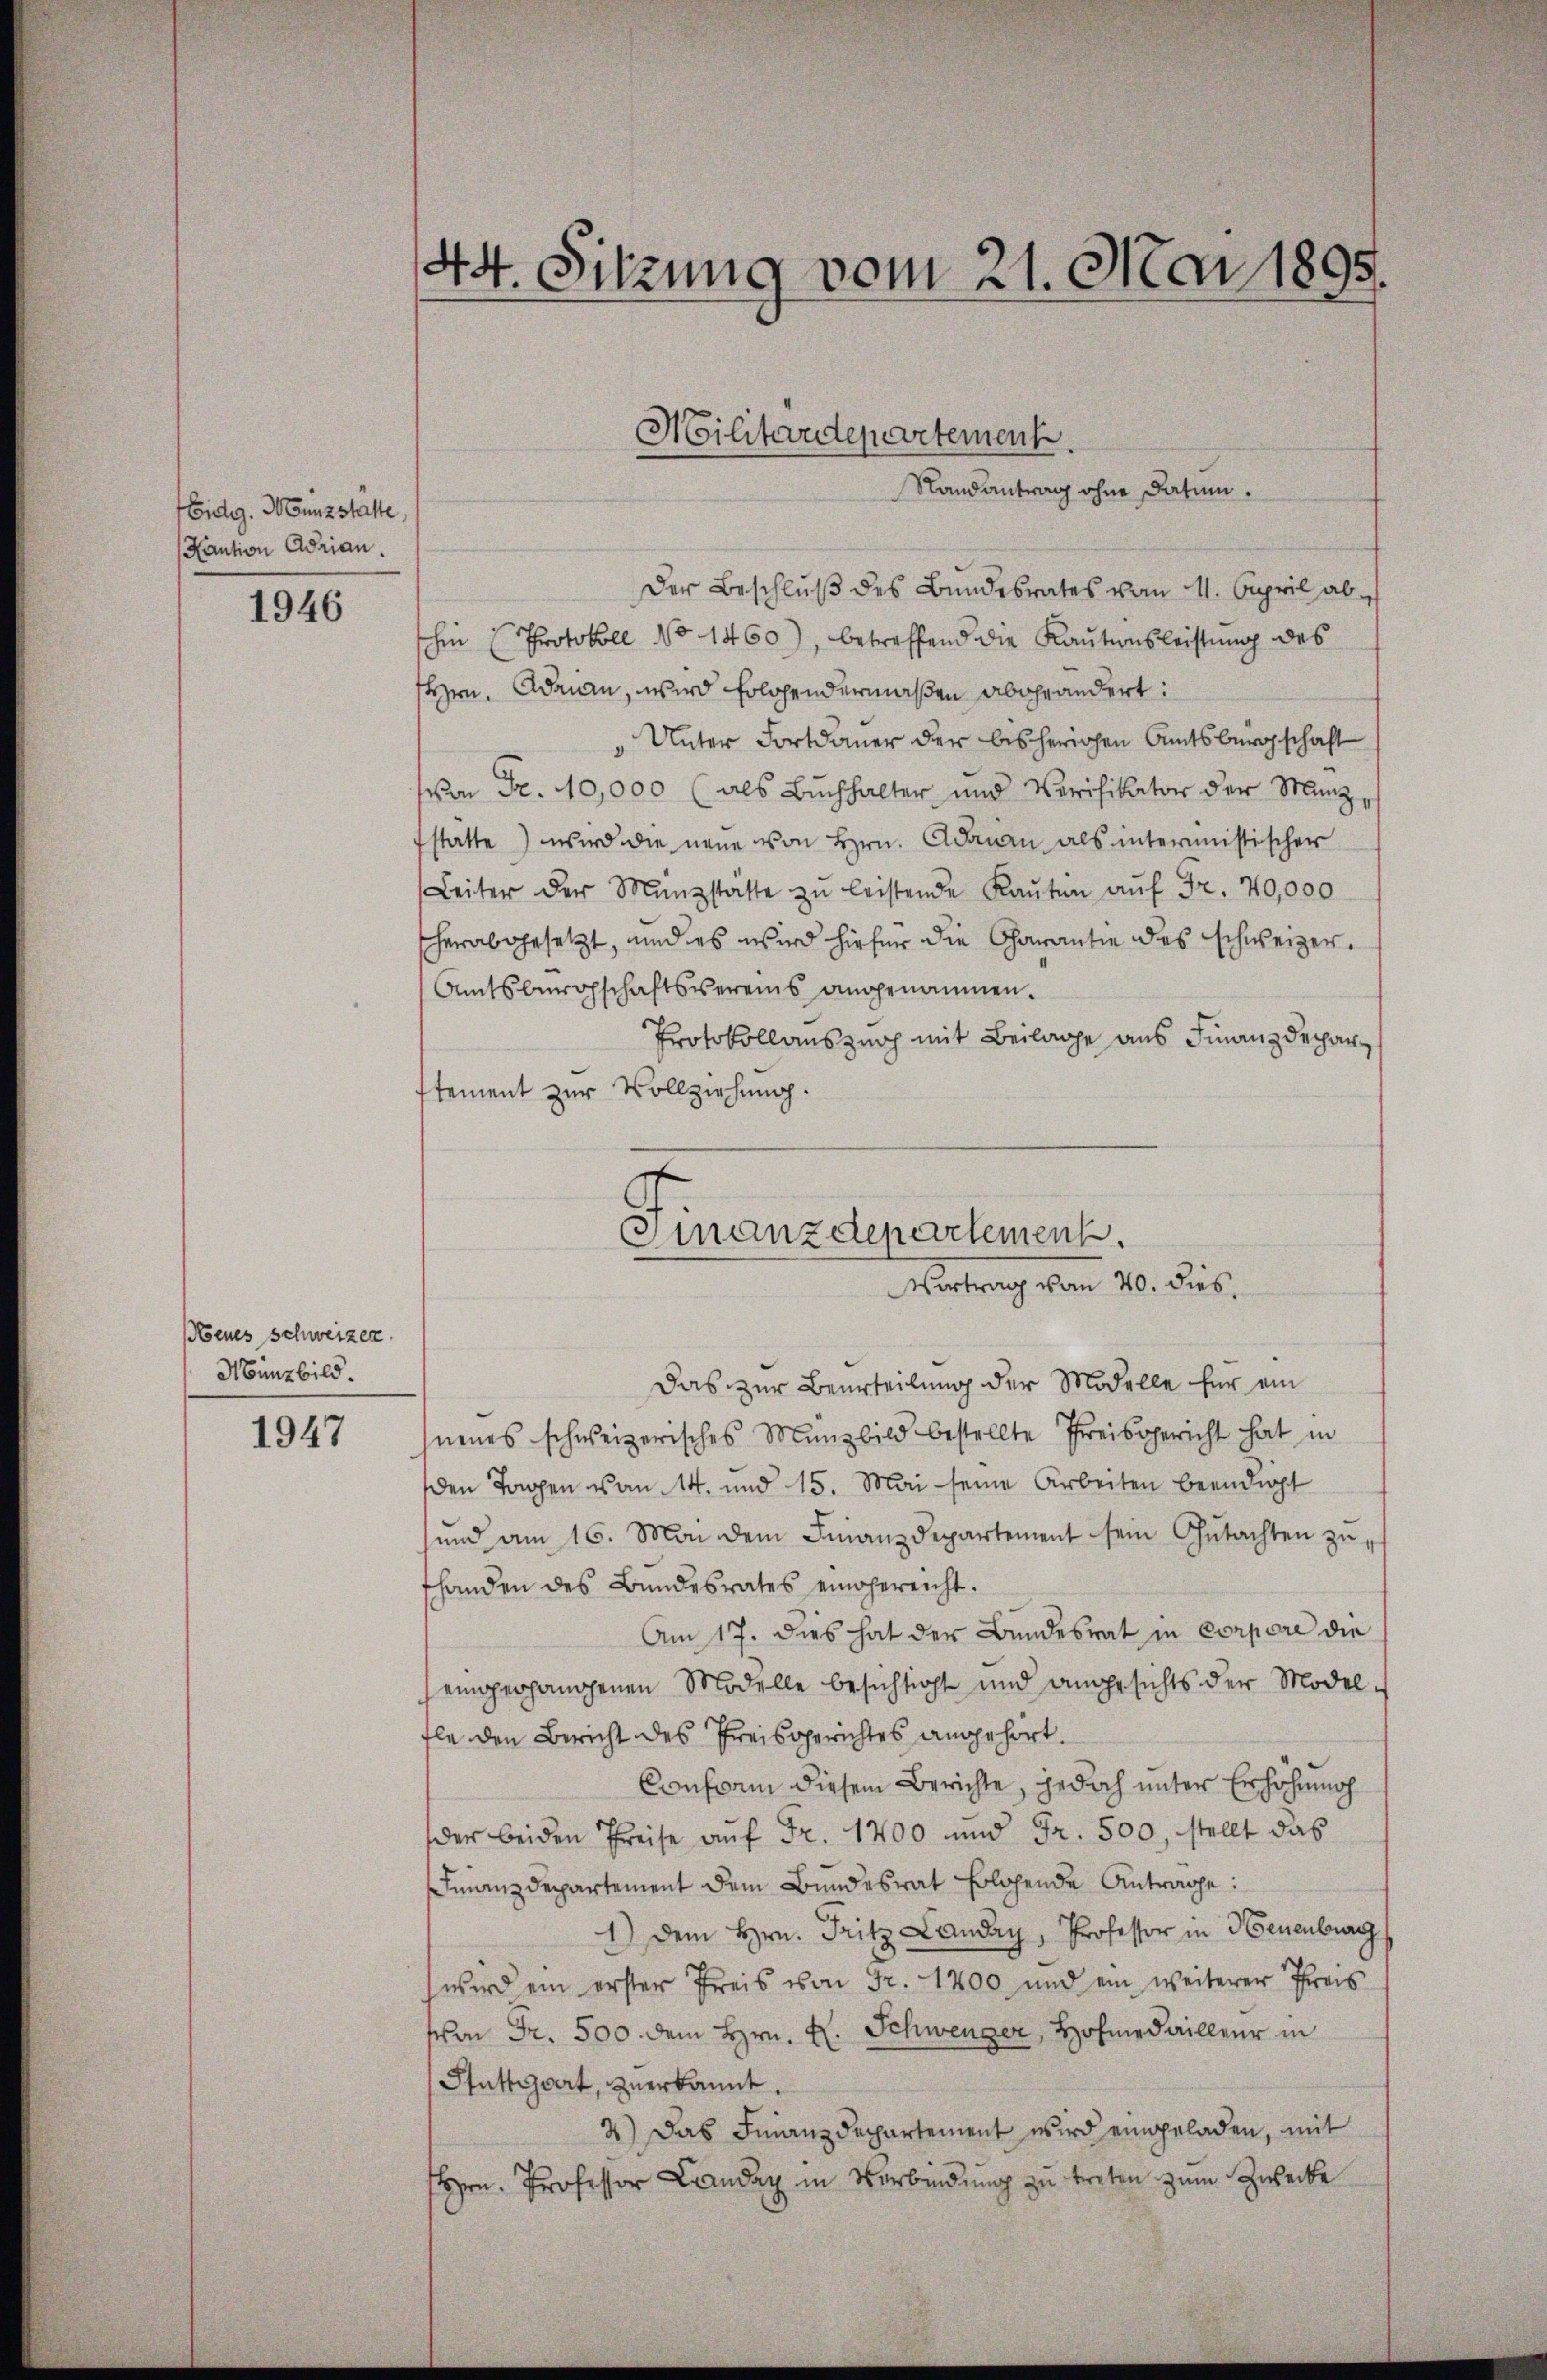
Eidg. Mounzstätte,
Kaution Adrian.

1946

penes Schweizer.
Münzbild.

1947

44. Sitzung vom 21. Mai 1895.

Der Beschluß des Bundesrates vom 11. April abhin (Protokoll No 1460), betreffend die Kautionsleistung des
Hrn. Adrian, wird folgendermaßen abgeändert:
Unter Fortdauer der bisherigen Amtsbürgschaft
von Fr. 40,000 (als Buchhalter und Verifikator der Manz,
stätte wird die neue von Hrn. Adamen als intermistischer
Leiter der Münzstätte zŭ leistende Kaŭten aŭf Fr. 70,000
sherabgesetzt, und es wird hiefür die Charantie des schweizer.
Amtsbürgschaftsvereins angenommen.
Protokollauszeich mit Beilage aus Finanzdeparstement zur Vollziehung.
Das zur Beurteilung der Modelle für ein
neues schweizerisches Münzbild bestellte Preisgericht hat in
den Tagen von 14. und 15. Mai seine Arbeiten beendicht
und am 16. Mai dem Finanzdepartement sein Gŭtachten zŭ,
fhanden des Bundesrates eingereicht.
Am 17. dies hat der Bundesrat in Corpore die
eingerhangenen Modelle besichtigt und angesichts der Modelfle den Bericht des Preisgerichtes angehört
Conform diesem Berichte, jedoch unter Erhöhung
der beiden Preise aŭf Fr. 1700 und Fr. 500, stellt das
Finanzdepartement dem Bundesrat Erlösende Antrage:
1.) Dem Hrn. Fritz Landay, Professor in Neuenburg
wird ein erster Preis von Fr. 1200 und ein weiterer Preis
von Fr. 500. dem Hrn. R. Schwenger, Hofmedailleur in
Stuttgart, zuerkannt.
2) Das Finanzdepartement wird eingeladen, mit
Hrn. Professor Landaz in Verbindung zu treten zum Zwecke

Militärdepartement
Randantrag ohne Datum.

Finanzdepartement.
Vertrag vom 20. ds.